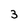
Character: 3